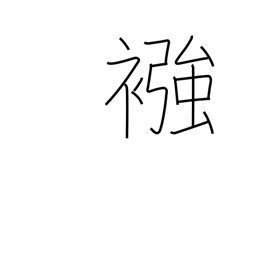
Meaning: diaper